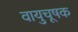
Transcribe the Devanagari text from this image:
वायुचूषक